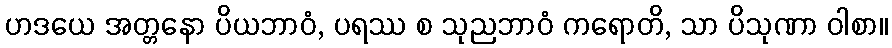
ဟဒယေ အတ္တနော ပိယဘာဝံ, ပရဿ စ သုညဘာဝံ ကရောတိ, သာ ပိသုဏာ ဝါစာ။